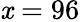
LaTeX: \mathit{x}=96